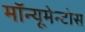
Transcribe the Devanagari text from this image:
मॉन्यूमेन्टोस